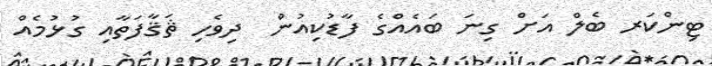
ޓިންކަރ ބެލް އަށް ގިނަ ބައެއްގެ ފާޑުކިއުން  ދިވެހި ޘަޤާފަތާއި ގުޅުމެއް